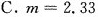
C. $$m = 2 . 3 3$$